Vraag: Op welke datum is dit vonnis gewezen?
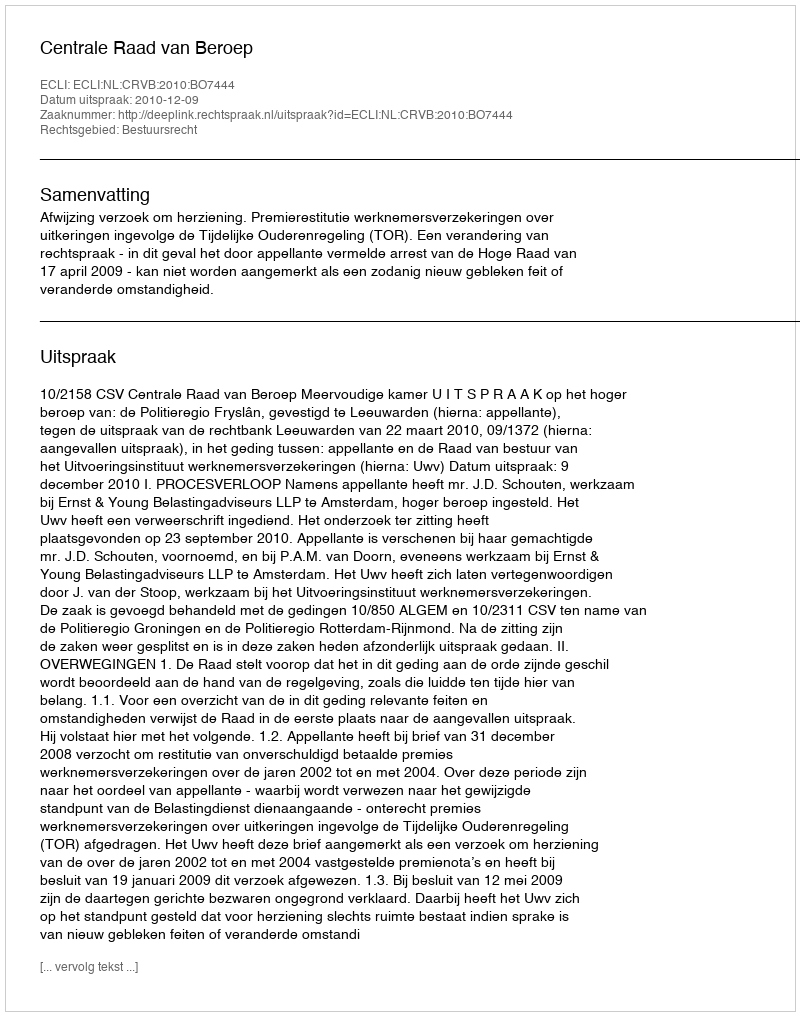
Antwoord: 2010-12-09